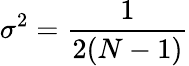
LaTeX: \sigma^{2}={\frac{1}{2(N-1)}}